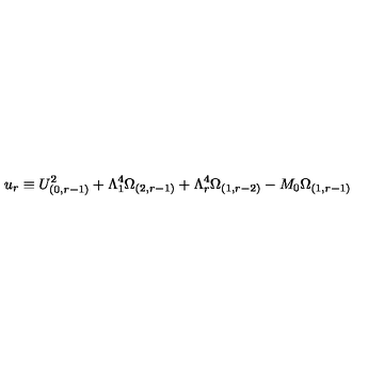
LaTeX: u _ { r } \equiv U _ { ( 0 , r - 1 ) } ^ { 2 } + \Lambda _ { 1 } ^ { 4 } \Omega _ { ( 2 , r - 1 ) } + \Lambda _ { r } ^ { 4 } \Omega _ { ( 1 , r - 2 ) } - M _ { 0 } \Omega _ { ( 1 , r - 1 ) }